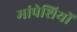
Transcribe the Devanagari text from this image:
मांपेशियों